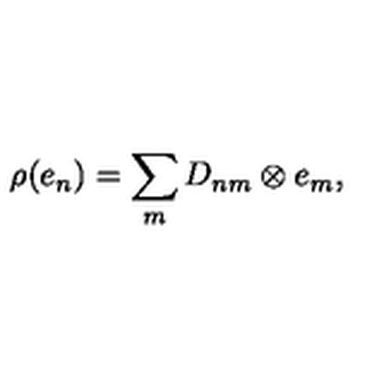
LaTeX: \rho ( e _ { n } ) = \sum _ { m } D _ { n m } \otimes e _ { m } ,